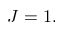
J = 1 ,